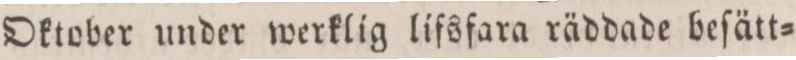
Oktober under werklig lifsfara räddade beſätt=